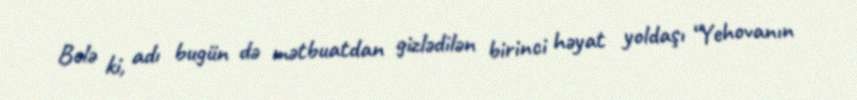
Belə ki, adı bugün də mətbuatdan gizlədilən birinci həyat yoldaşı “Yehovanın